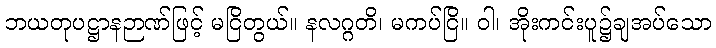
ဘယတုပဋ္ဌာနဉာဏ်ဖြင့် မငြိတွယ်။ နလဂ္ဂတိ၊ မကပ်ငြိ။ ဝါ၊ အိုးကင်းပူ၌ချအပ်သော